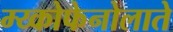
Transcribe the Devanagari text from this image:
म्य्कोफेनोलाते